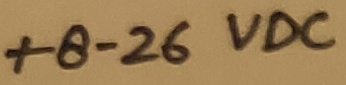
Text: +8-26VDC